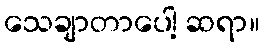
သေချာတာပေါ့ ဆရာ။